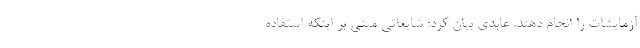
آزمایشات را انجام دهند. عابدی بیان کرد: شایعاتی مبنی بر اینکه استفاده